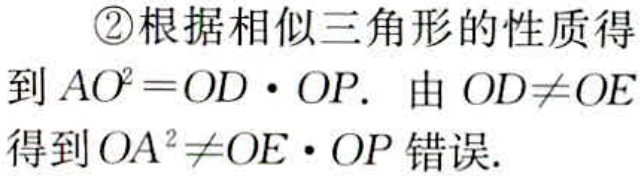
\textcircled{2}根据相似三角形的性质得
到 \(AO^{2}=OD\cdot OP\). 由 \(OD\neq OE\)
得到 \(OA^{2}\neq OE\cdot OP\) 错误.